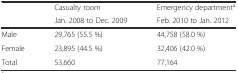
|  | Casualty room | Emergency departmenta |
 |  | Jan. 2008 to Dec. 2009 | Feb. 2010 to Jan. 2012 |
 | --- | --- | --- |
 | Male | 29,765 (55.5 %) | 44,758 (58.0 %) |
 | Female | 23,895 (44.5 %) | 32,406 (42.0 %) |
 | Total | 53,660 | 77,164 |